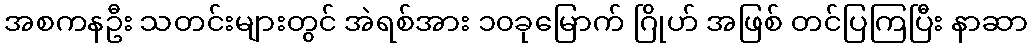
အစကနဦး သတင်းများတွင် အဲရစ်အား ၁၀ခုမြောက် ဂြိုဟ် အဖြစ် တင်ပြကြပြီး နာဆာ